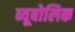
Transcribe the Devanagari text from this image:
ब्यूबोलिक